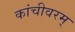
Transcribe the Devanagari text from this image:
कांचीवरम्